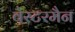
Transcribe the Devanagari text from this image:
वेस्टरमैन